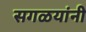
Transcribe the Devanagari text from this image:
सगळयांनी